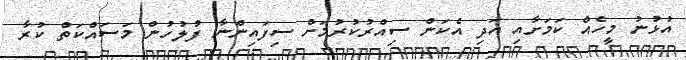
އުޅުނު މީހެއް ކަމަށާއި އަދި އެކަން ސިއްރުކުރުމަށް ސިފައިންނާ ފުލުހުން މަސައްކަތް ކުރާ